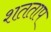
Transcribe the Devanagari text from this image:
शतताप